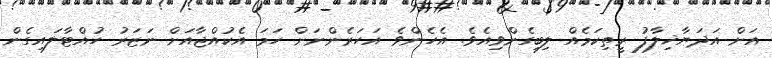
އަށް އަދަޔާޚިލާފު ރީތިކަމެއް ލިބިގެންވިއެވެ. އެހެންވެ އަހަރެންނަށް ހަމަ އެކުއްޖާއަށް ނަޒަރު ހުއްޓާލައިގެން